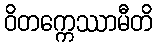
ဝိတက္ကေဿာမီတိ